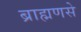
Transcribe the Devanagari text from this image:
ब्राह्मणसे